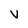
Character: V